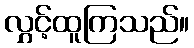
လွှင့်ထူကြသည်။